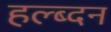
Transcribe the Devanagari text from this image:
हल्ब्दन